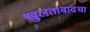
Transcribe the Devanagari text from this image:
खुलताबादचा